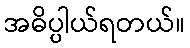
အဓိပ္ပါယ်ရတယ်။